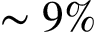
\sim 9 \%